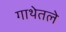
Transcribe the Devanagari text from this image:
गाथेतले